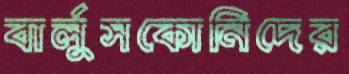
বার্লুসকোনিদের